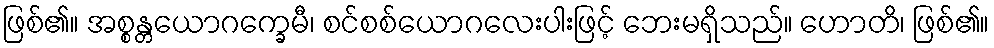
ဖြစ်၏။ အစ္စန္တယောဂက္ခေမီ၊ စင်စစ်ယောဂလေးပါးဖြင့် ဘေးမရှိသည်။ ဟောတိ၊ ဖြစ်၏။